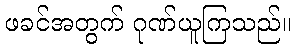
ဖခင်အတွက် ဂုဏ်ယူကြသည်။